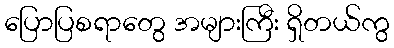
ပြောပြစရာတွေ အများကြီး ရှိတယ်ကွ